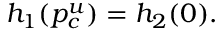
h _ { 1 } ( p _ { c } ^ { u } ) = h _ { 2 } ( 0 ) .